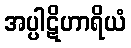
အပ္ပါဋိဟာရိယံ